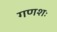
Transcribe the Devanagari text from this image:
गणशः